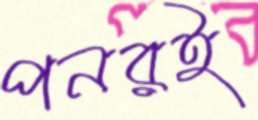
পনরই